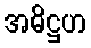
အဓိဋ္ဌဟ